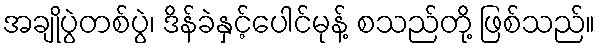
အချိုပွဲတစ်ပွဲ၊ ဒိန်ခဲနှင့်ပေါင်မုန့် စသည်တို့ ဖြစ်သည်။